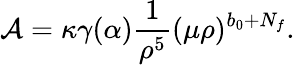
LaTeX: {\cal A}=\kappa\gamma(\alpha)\frac{1}{\rho^{5}}(\mu\rho)^{b_{0}+N_{f}}.